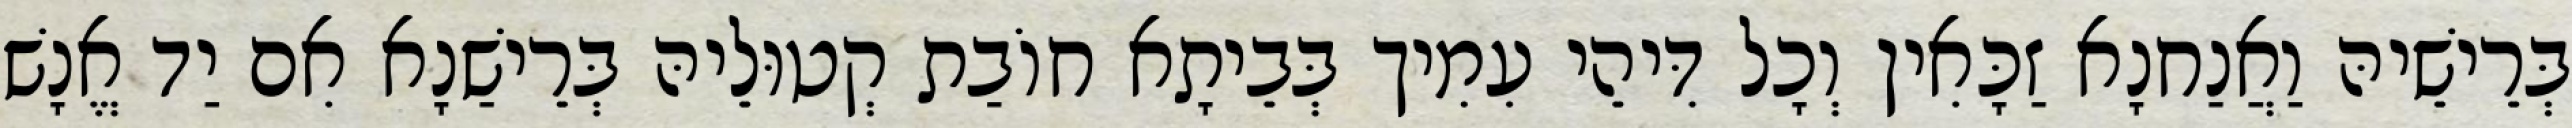
בְּרֵישֵׁיהּ וַאֲנַחנָא זַכָּאִין וְכָל דִּיהֵי עִמִיך בְּבֵיתָא חוֹבַת קְטוּלֵיהּ בְּרֵישַׁנָא אִם יַד אֱנָשׁ